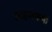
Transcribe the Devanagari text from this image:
साहसकर्मी